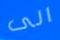
الى